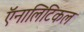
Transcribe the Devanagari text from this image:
ऍनालिटिकल